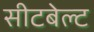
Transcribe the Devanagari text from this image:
सीटबेल्‍ट